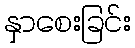
နှာစေးခြင်း